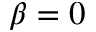
\beta = 0